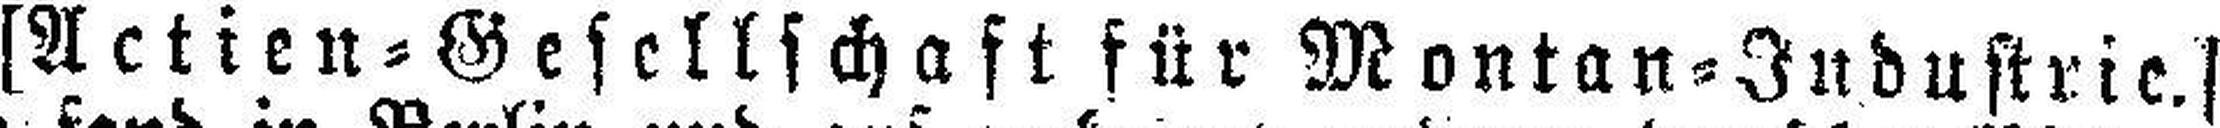
[Actien=Gesellschaft für Montan=Industrie.]